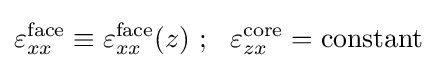
\varepsilon _{xx}^{\mathrm {face} }\equiv \varepsilon _{xx}^{\mathrm {face} }(z)~;~~\varepsilon _{zx}^{\mathrm {core} }=\mathrm {constant}